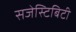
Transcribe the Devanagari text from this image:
सजेस्टिबिटी